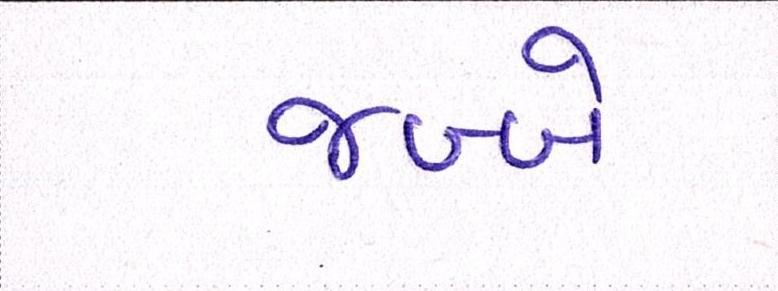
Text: જબ્બે